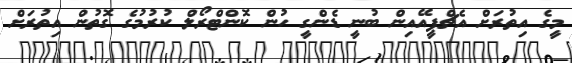
މީގެ އިތުރަށް އެޗްޕީއޭއިން ބުނީ ޑެންގީ ހުން ކޮންޓްރޯލް ކުރުމުގެ ގޮތުން އިތުރަށް